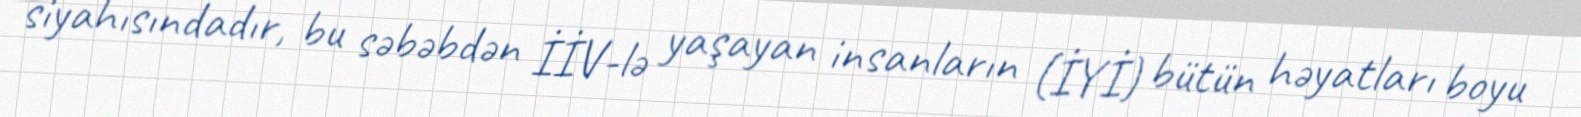
siyahısındadır, bu səbəbdən İİV-lə yaşayan insanların (İYİ) bütün həyatları boyu